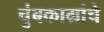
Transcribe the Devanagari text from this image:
चुंबकाग्रांचे